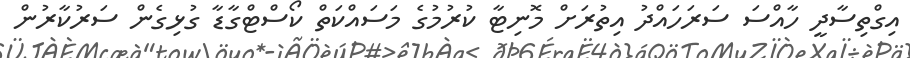
އިގްތިސާދީ ހާއްސަ ސަރަހައްދު އިތުރަށް މޮނިޓާ ކުރުމުގެ މަސައްކަތް ކޯސްޓްގާޑާ ގުޅިގެން ސަރުކާރުން